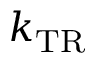
k _ { \mathrm { T R } }